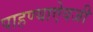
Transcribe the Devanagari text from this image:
पाहण्याऐवजी